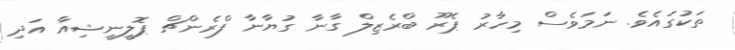
ތަކުގައެވެ. ނަމަވެސް މިހާރު ޕެރޫ ބްރެޒިލް ގާނާ ގުޔާނާ ފްރެންޗް ޕޮލީނީޝިއާ އަދި